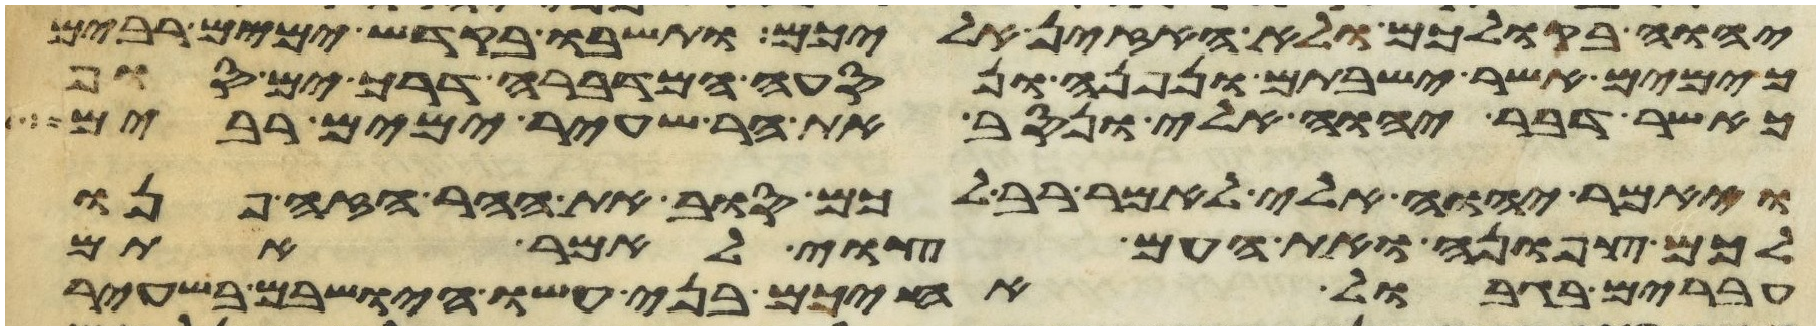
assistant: יהוה בקולכם ולא האזין אליכם ותשבו בקדש ימים רבים
כימים אשר ישבתם ונפנה ונסעה המדברה דרך ים סוף
כאשר דבר יהוה אלי ונסב את הר שעיר ימים רבים
ויאמר יהוה אלי לאמר רב לכם סוב את ההר הזה פנו
לכם צפונה ואת העם צוי לאמר אתם
עברים בגבול אחיכם בני עשו הישבים בשעיר